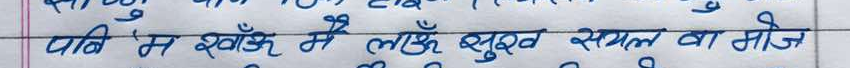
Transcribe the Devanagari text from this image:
पानी 'म ख्वाँउ मै लाउँ शुद्ध संयल वा मोरे